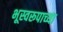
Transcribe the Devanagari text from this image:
भूस्वरूपाच्या